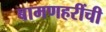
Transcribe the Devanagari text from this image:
बामणहरींची